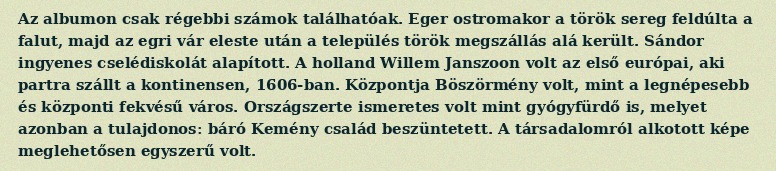
Az albumon csak régebbi számok találhatóak. Eger ostromakor a török sereg feldúlta a falut, majd az egri vár eleste után a település török megszállás alá került. Sándor ingyenes cselédiskolát alapított. A holland Willem Janszoon volt az első európai, aki partra szállt a kontinensen, 1606-ban. Központja Böszörmény volt, mint a legnépesebb és központi fekvésű város. Országszerte ismeretes volt mint gyógyfürdő is, melyet azonban a tulajdonos: báró Kemény család beszüntetett. A társadalomról alkotott képe meglehetősen egyszerű volt.